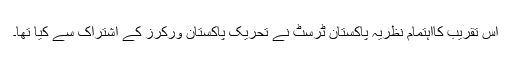
اس تقریب کااہتمام نظریۂ پاکستان ٹرسٹ نے تحریک پاکستان ورکرز کے اشتراک سے کیا تھا۔